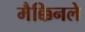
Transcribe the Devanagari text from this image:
मैक्किनले